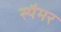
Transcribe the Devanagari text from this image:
स्पैमर